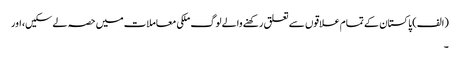
(الف) پاکستان کے تمام علاقوں سے تعلق رکھنے والے لوگ ملکی معاملات میں حصہ لے سکیں، اور
۔